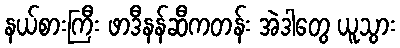
နယ်စားကြီး ဖာဒီနန်ဆီကတန်း အဲဒါတွေ ယူသွား